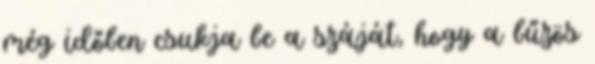
még időben csukja be a száját, hogy a bűzös